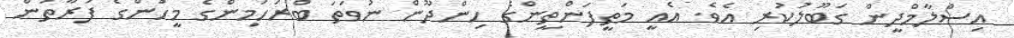
އިސްލާމްދީން ގަބޫލުކުރި އެވެ. އެއީ މަތީފަންތީންގެ ހިންދޫން ނުވަތަ ބްރަހަމިންގެ މީހުންގެ ފަރާތުން